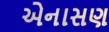
એનાસણ